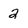
Character: 2